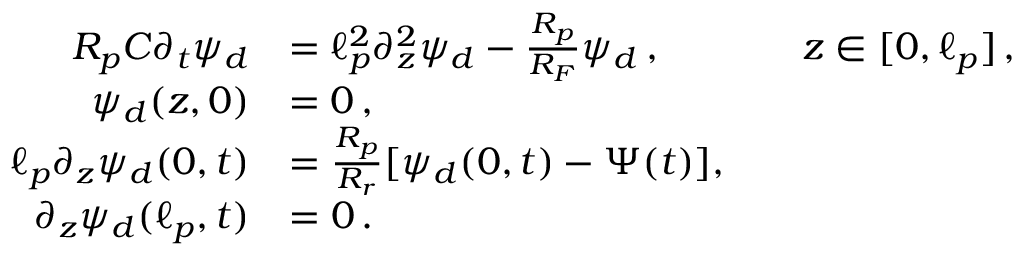
\begin{array} { r l r l } { R _ { p } C \partial _ { t } \psi _ { d } } & { = \ell _ { p } ^ { 2 } \partial _ { z } ^ { 2 } \psi _ { d } - \frac { R _ { p } } { R _ { F } } \psi _ { d } \, , } & & { z \in [ 0 , \ell _ { p } ] \, , } \\ { \psi _ { d } ( z , 0 ) } & { = 0 \, , } \\ { \ell _ { p } \partial _ { z } \psi _ { d } ( 0 , t ) } & { = \frac { R _ { p } } { R _ { r } } [ \psi _ { d } ( 0 , t ) - \Psi ( t ) ] , } \\ { \partial _ { z } \psi _ { d } ( \ell _ { p } , t ) } & { = 0 \, . } \end{array}